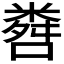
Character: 𬖨